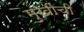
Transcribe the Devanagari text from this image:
मुखींची